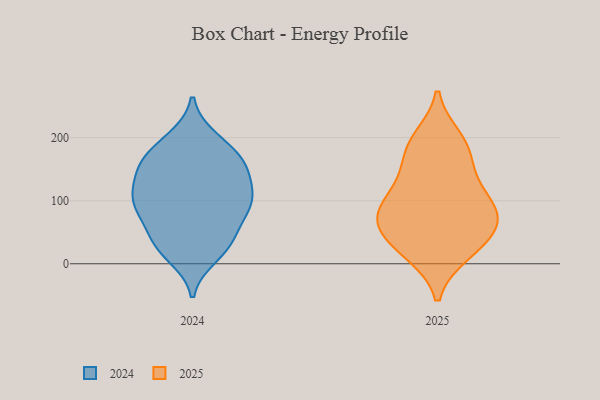
{"axis": {"x": "Gross Profit (USD K)", "y": "Value"}, "legend": ["2024", "2025"], "data": [{"x": "", "y": 157, "type": "2024"}, {"x": "", "y": 162, "type": "2024"}, {"x": "", "y": 198, "type": "2024"}, {"x": "", "y": 47, "type": "2024"}, {"x": "", "y": 86, "type": "2024"}, {"x": "", "y": 92, "type": "2024"}, {"x": "", "y": 169, "type": "2024"}, {"x": "", "y": 158, "type": "2024"}, {"x": "", "y": 99, "type": "2024"}, {"x": "", "y": 30, "type": "2024"}, {"x": "", "y": 29, "type": "2024"}, {"x": "", "y": 34, "type": "2024"}, {"x": "", "y": 132, "type": "2024"}, {"x": "", "y": 100, "type": "2024"}, {"x": "", "y": 13, "type": "2024"}, {"x": "", "y": 101, "type": "2024"}, {"x": "", "y": 114, "type": "2024"}, {"x": "", "y": 82, "type": "2024"}, {"x": "", "y": 192, "type": "2024"}, {"x": "", "y": 146, "type": "2024"}, {"x": "", "y": 198, "type": "2025"}, {"x": "", "y": 49, "type": "2025"}, {"x": "", "y": 42, "type": "2025"}, {"x": "", "y": 64, "type": "2025"}, {"x": "", "y": 179, "type": "2025"}, {"x": "", "y": 135, "type": "2025"}, {"x": "", "y": 84, "type": "2025"}, {"x": "", "y": 19, "type": "2025"}, {"x": "", "y": 186, "type": "2025"}, {"x": "", "y": 84, "type": "2025"}, {"x": "", "y": 91, "type": "2025"}, {"x": "", "y": 82, "type": "2025"}, {"x": "", "y": 132, "type": "2025"}, {"x": "", "y": 17, "type": "2025"}]}